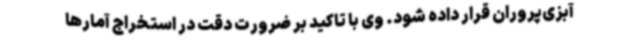
آبزی‌پروران قرار داده شود. وی با تاکید بر ضرورت دقت در استخراج آمارها